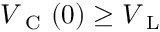
V _ { \mathrm { ~ C ~ } } ( 0 ) \ge V _ { \mathrm { ~ L ~ } }